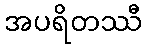
အပရိတဿီ